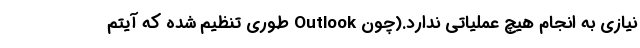
نیازی به انجام هیچ عملیاتی ندارد.(چون Outlook طوری تنظیم شده که آیتم